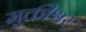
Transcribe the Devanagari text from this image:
मुक्तीश्वर